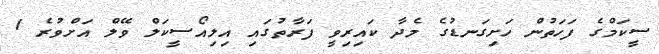
ސީކަމްގެ ފަހަތުން ހަށިގަނޑުގެ މެދާ ކައިރިވީ ފަރާތުގައި އިލިއޯސީކަލް ވޭލް އަށްވުރެ 1